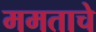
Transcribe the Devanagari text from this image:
ममताचे